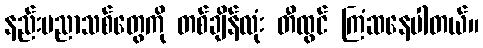
နည်းပညာသစ်တွေကို တစ်ချိန်လုံး တီထွင် ကြံဆနေပါတယ်။